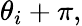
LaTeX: \theta_{i}+\pi,